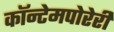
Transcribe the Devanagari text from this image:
कॉन्टेमपोरेरी